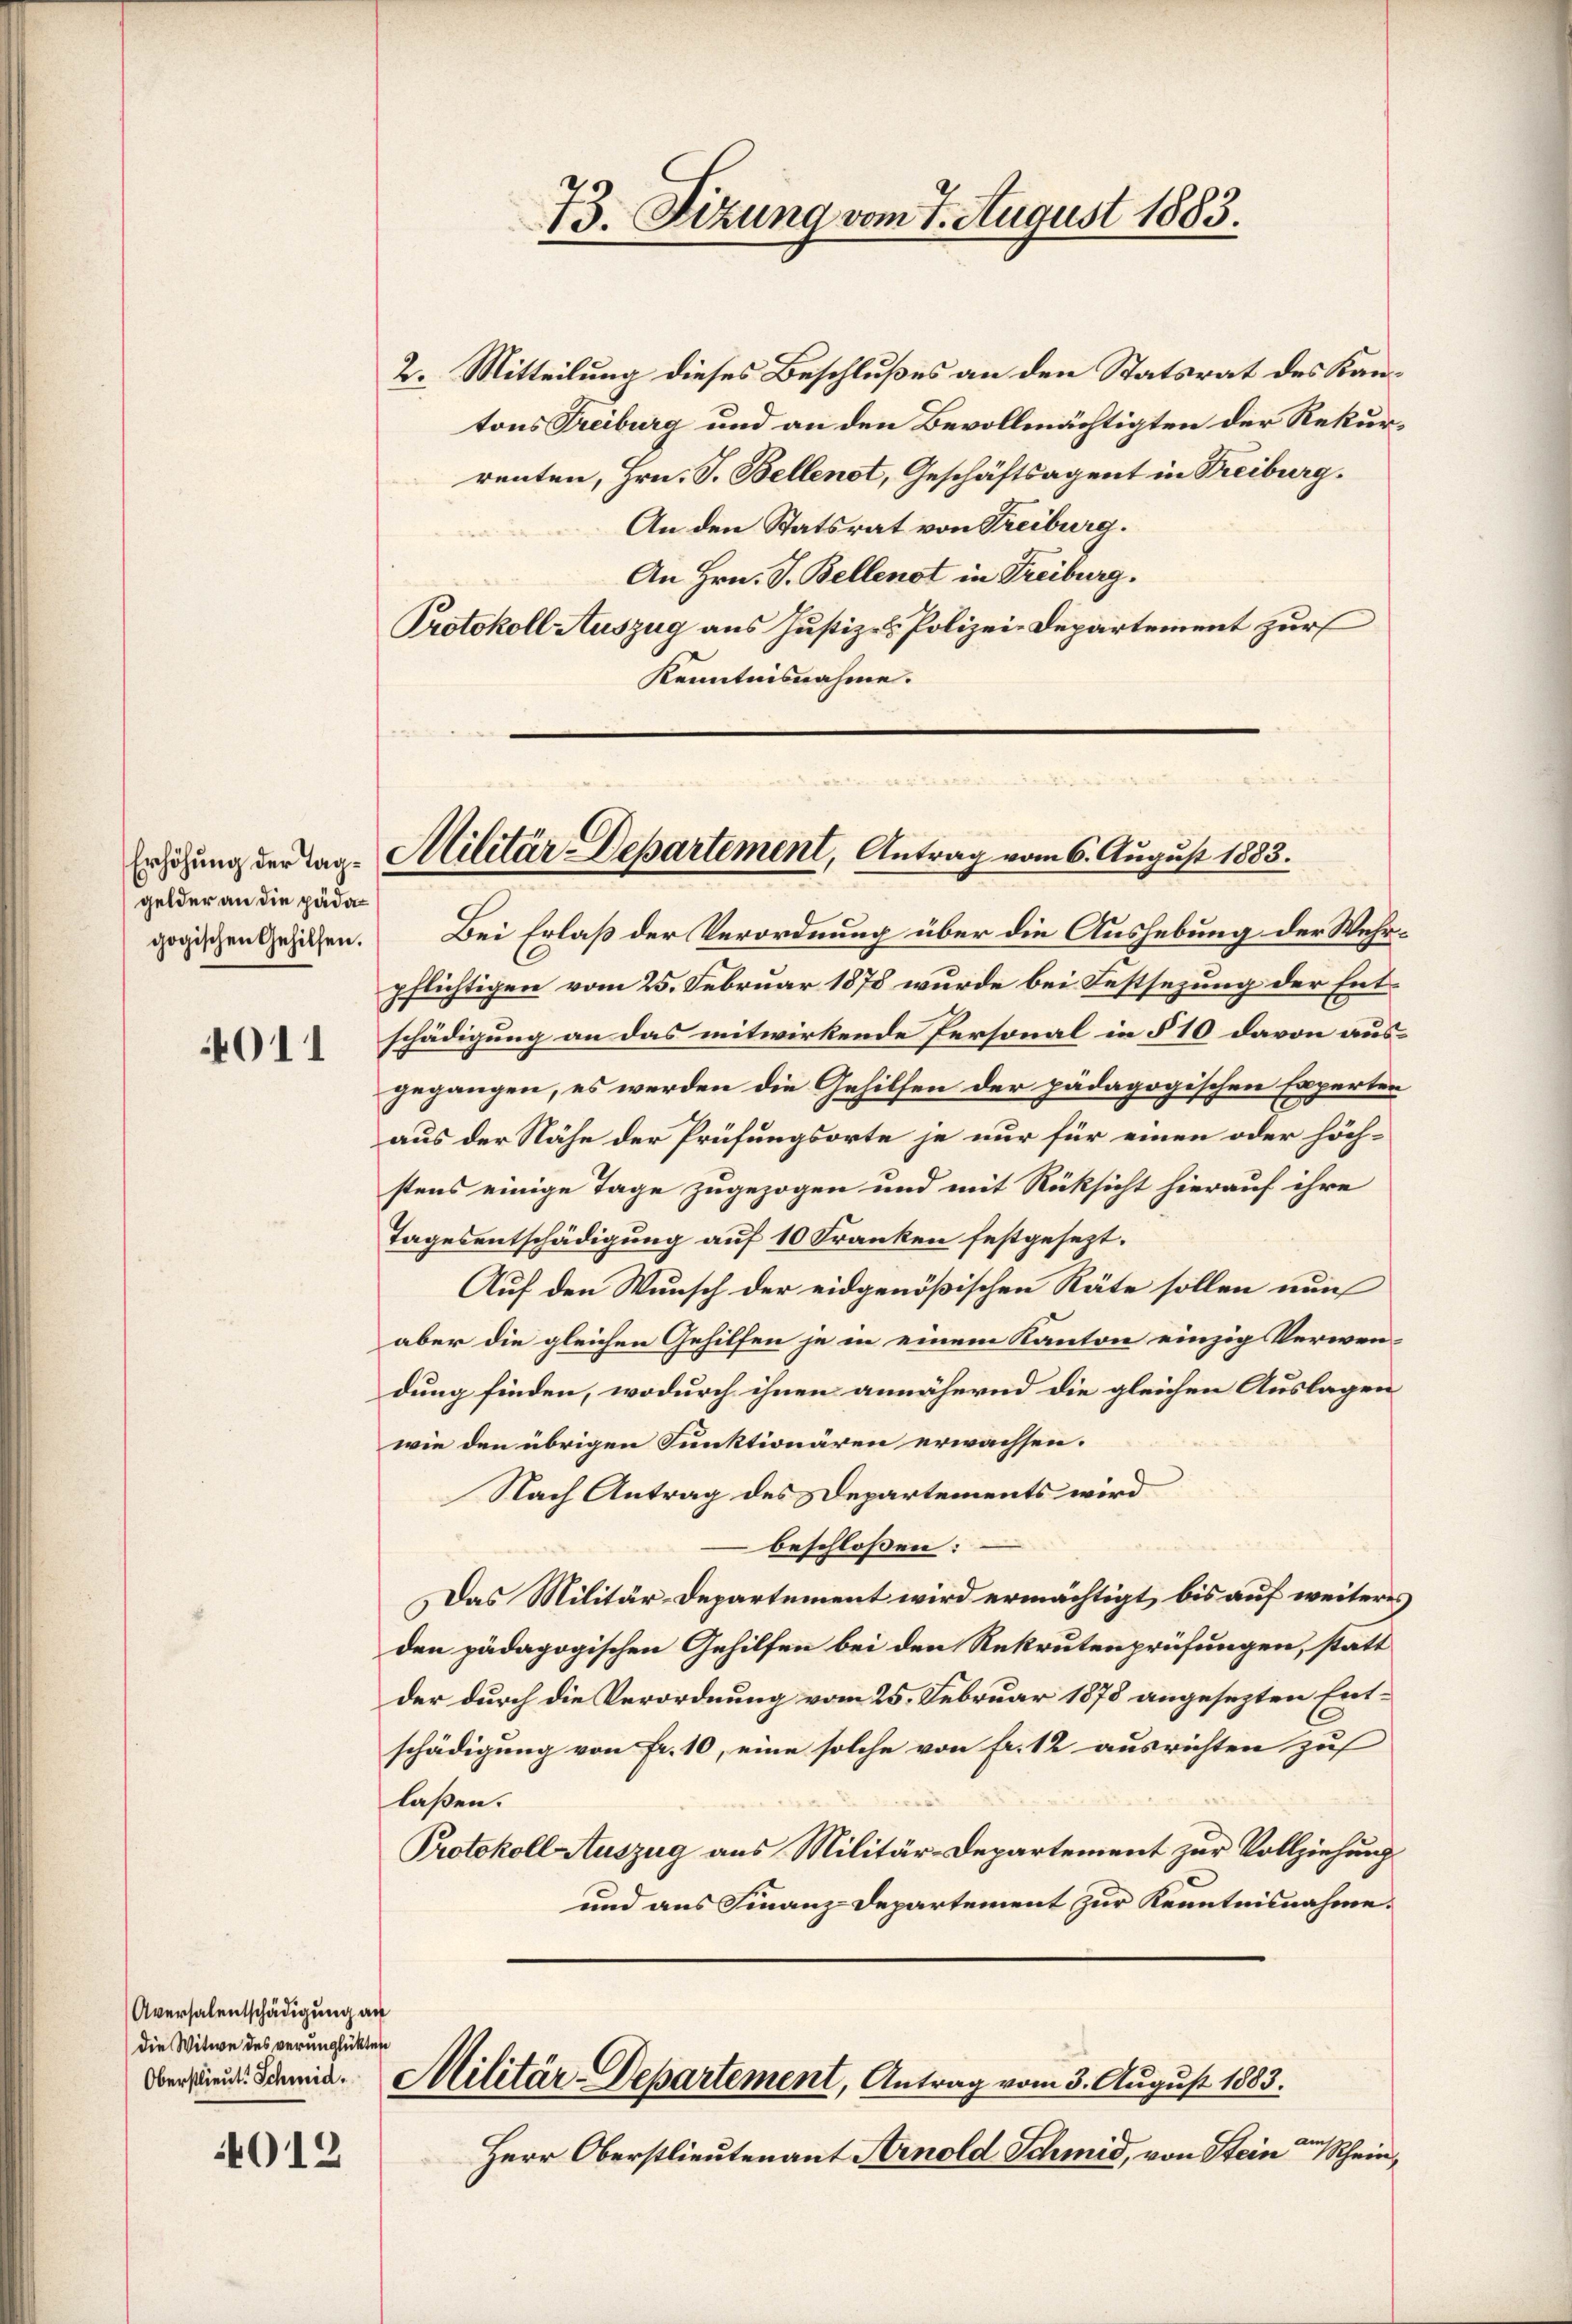
gelder an die päda
gogischen Gehilfen.

4011

4012

Aversalentschädigung an
die Witwe des verunglükten

2. Mitteilung dieses Beschlußes an den Statsrat des Kantons Treiburg und an den Bevollmächtigten der Rekurrenten, Hrn. F. Bellenst, Geschäftsagent in Freiburg.
An den Statsrat von Treiburg.
An Hrn. J. Bellenst in Freiburg.
Protokoll Auszug aus Justiz- & Polizei-Departement zur
Kenntnisnahme.

13. Sizung vom 7. August 1883.

Erhöhung der Tag. Militär-Departement, Antrag vom 6. August 1883.

Bei Erlaß der Verordnung über die Aushebung der Wehrpflichtigen vom 25. Februar 1878 wurde bei Festsezung der Entschädigung an das mitwirkende Personal in § 10 davon ausgegangen, es werden die Gehilfen der pädagogischen Experten
aus der Nähe der Prüfungsorte je nur für einen oder höchstens einige Tage zugezogen und mit Rücksicht hierauf ihre
Tagesentschädigung auf 10 Franken festgesezt.
Auf den Wunsch der eidgenößischen Räte sollen nun
aber die gleichen Gehilfen je in einem Kanton einzig Verwendung finden, wodurch ihnen annähernd die gleichen Auslagen
wie den übrigen Funktionären erwachsen.
Nach Antrag des Departements wird
beschlossen:
Das Militär-Departement wird ermächtigt, bis auf weiteres
den pädagogischen Gehilfen bei den Rekrutenprüfungen, statt
der durch die Verordnung vom 25. Februar 1878 angesezten Entschädigung von Fr. 10, eine solche von Fr. 12 ausrichten zuf
laßen.
Protokoll Auszug aus Militär-Departement zur Vollziehung
und aus Finanz-Departement zur Kenntnisnahme.
Ven. Damit. Militär-Departement, Antrag vom 3. August 1883.
Herr Oberstlieutenant Arnold Schmid, von Stein der Schein,